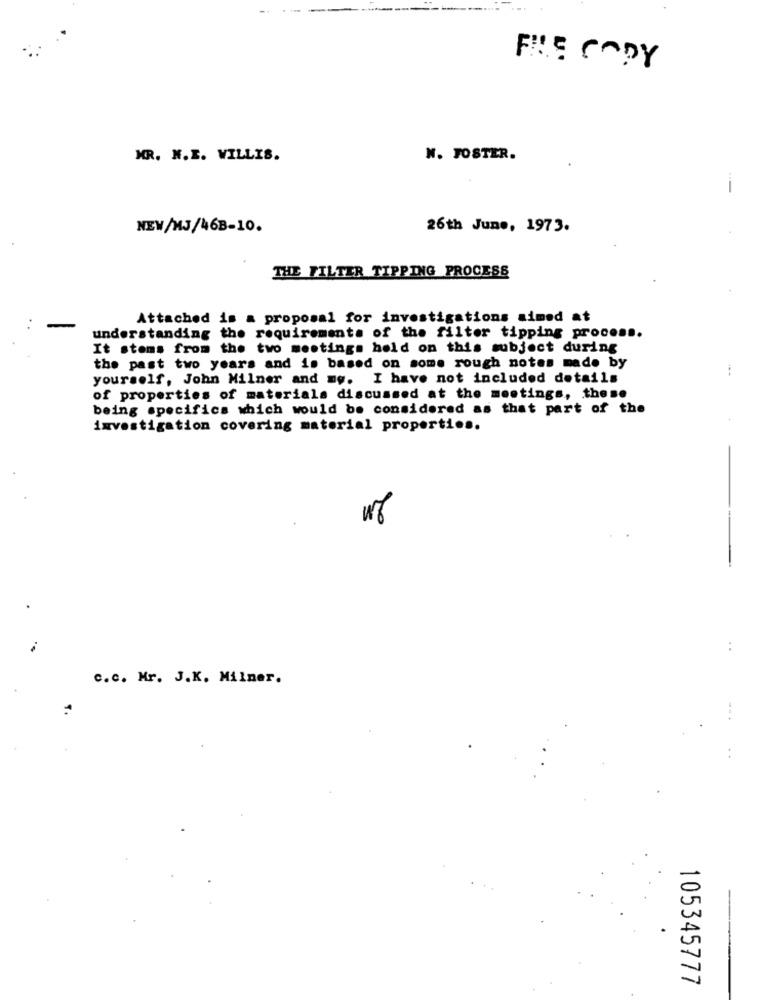
FILE COPY
MR. N.E. WILLIS.
W. FOSTER.
NEW/MJ/46B-10.
26th June, 1973.
THE FILTER TIPPING PROCESS
Attached is a proposal for investigations aimed at
understanding the requirements of the filter tipping process.
It stems from the two meetings hold on this subject during
the past two years and is based on some rough notes made by
yourself, John Milner and my. I have not included details
of properties of materials discussed at the meetings, these
being specifics which would be considered as that part of the
+
investigation covering material properties.
w8
c.c. Mr. J.K. Milner.
105345777